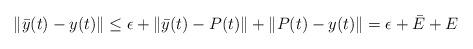
LaTeX: \begin{align*}\|\bar{y}(t)-y(t)\|\le\epsilon+\|\bar{y}(t)-P(t)\|+\|P(t)-y(t)\|=\epsilon+\bar{E}+E\end{align*}